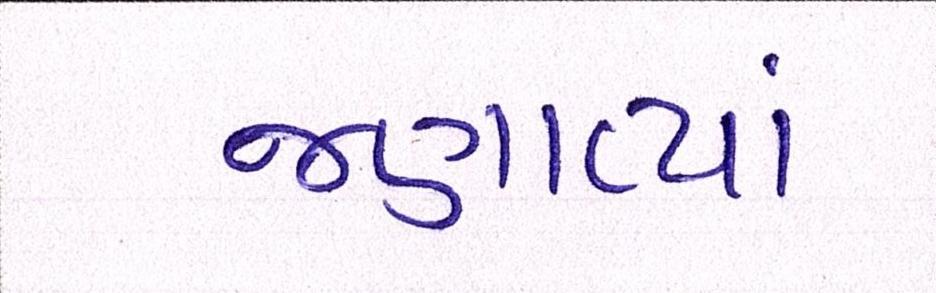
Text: જણાવ્યાં